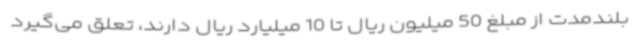
بلندمدت از مبلغ 50 میلیون ریال تا 10 میلیارد ریال دارند، تعلق می‌گیرد